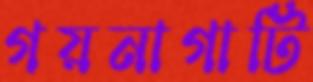
গয়নাগাটি